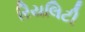
રિયલિટી